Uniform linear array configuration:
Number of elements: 64
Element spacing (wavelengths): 0.75
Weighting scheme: uniform
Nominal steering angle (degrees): -15
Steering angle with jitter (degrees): -14.215
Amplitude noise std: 0.05
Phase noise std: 0.05

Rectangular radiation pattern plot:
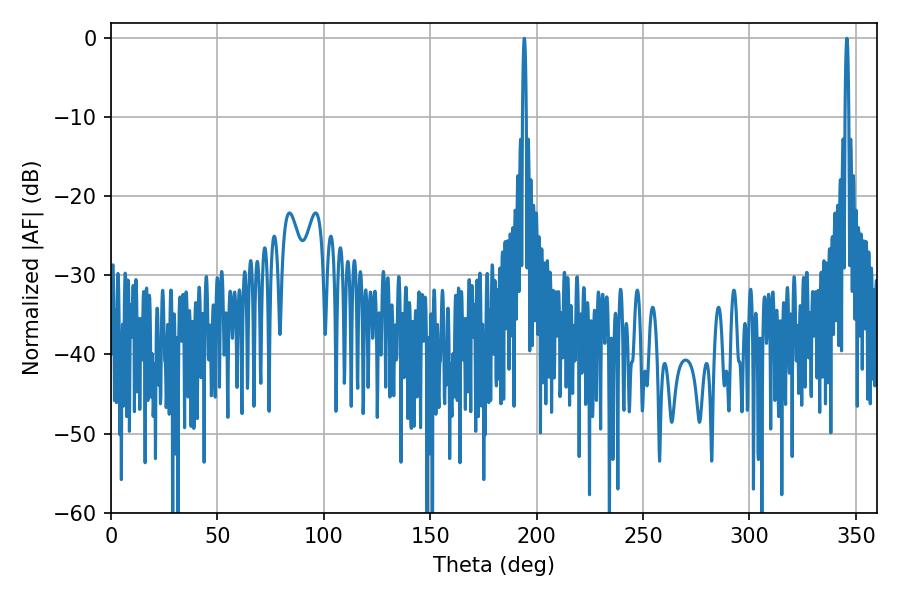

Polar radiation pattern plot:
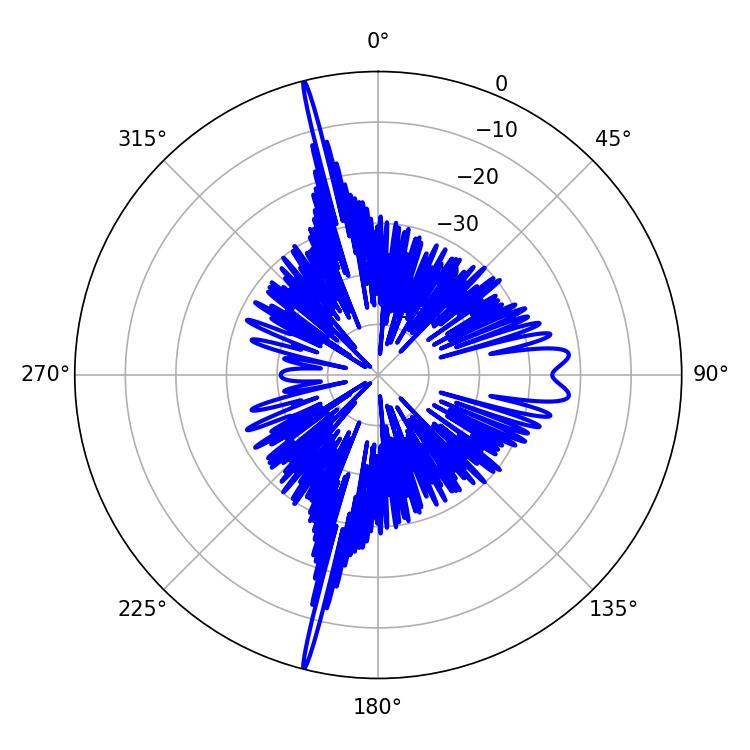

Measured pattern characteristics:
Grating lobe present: TRUE
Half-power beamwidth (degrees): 1.08
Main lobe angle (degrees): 194.22